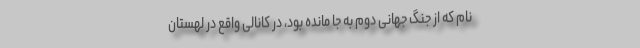
نام که از جنگ جهانی دوم به جا مانده بود، در کانالی واقع در لهستان